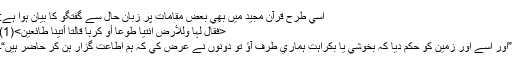
اسي طرح قرآن مجيد ميں بھي بعض مقامات پر زبان حال سے گفتگو كا بيان ہوا ہے:
<فَقَالَ لَہَا وَلِلْاٴَرْضِ اِئْتِيَا طَوْعًا اٴَوْ كَرْہًا قَالَتَا اٴَتَيْنَا طَائِعِينَ>(1)
”اور اسے اور زمين كو حكم ديا كہ بخوشي يا بكراہت ہماري طرف آؤ تو دونوں نے عرض كي كہ ہم اطاعت گزار بن كر حاضر ہيں“۔